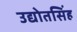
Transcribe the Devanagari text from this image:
उद्योतसिंह